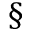
\S